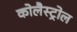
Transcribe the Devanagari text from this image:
कोलैस्ट्रोल